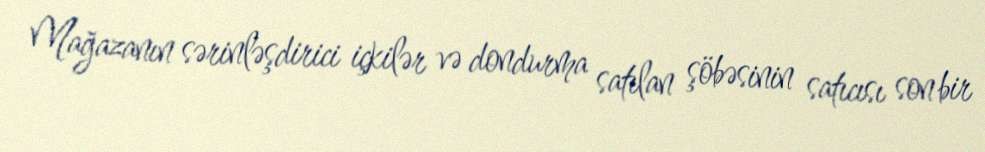
Mağazanın sərinləşdirici içkilər və dondurma satılan şöbəsinin satıcısı son bir